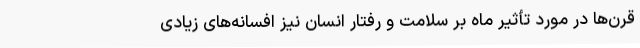
قرن‌ها در مورد تأثیر ماه بر سلامت و رفتار انسان نیز افسانه‌های زیادی